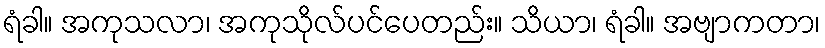
ရံခါ။ အကုသလာ၊ အကုသိုလ်ပင်ပေတည်း။ သိယာ၊ ရံခါ။ အဗျာကတာ၊